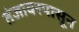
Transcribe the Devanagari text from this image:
तंजावरपासून